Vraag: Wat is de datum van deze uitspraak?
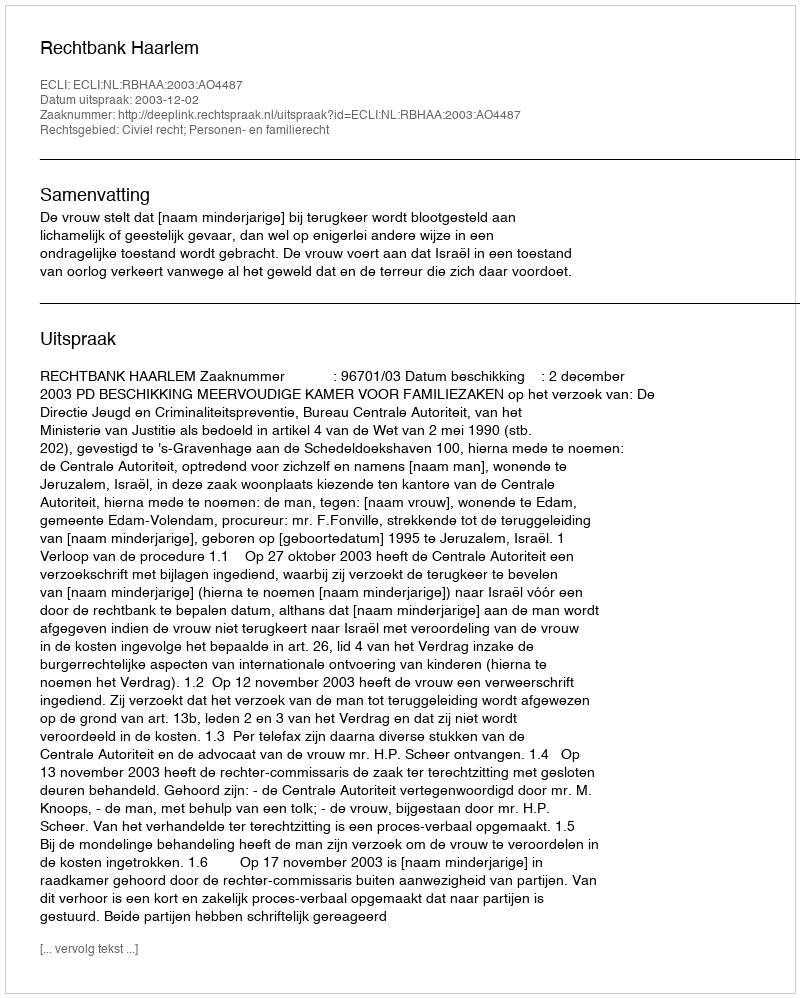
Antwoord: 2003-12-02